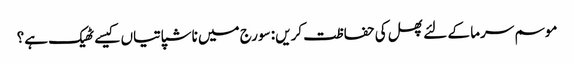
موسم سرما کے لئے پھل کی حفاظت کریں: سورج میں ناشپاتیاں کیسے ٹھیک ہے؟